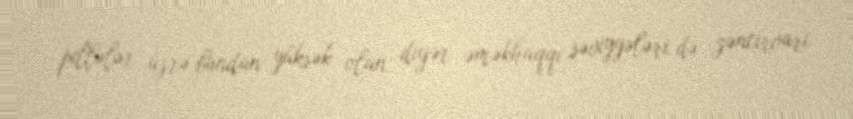
pillələr üzrə bundan yüksək olan digər əməkhaqqı səviyyələri də zəncirvari